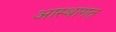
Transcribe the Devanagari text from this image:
आस्थागत